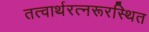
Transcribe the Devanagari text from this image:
तत्वार्थरत्नरूरस्थित